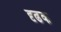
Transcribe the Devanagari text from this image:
दृढक